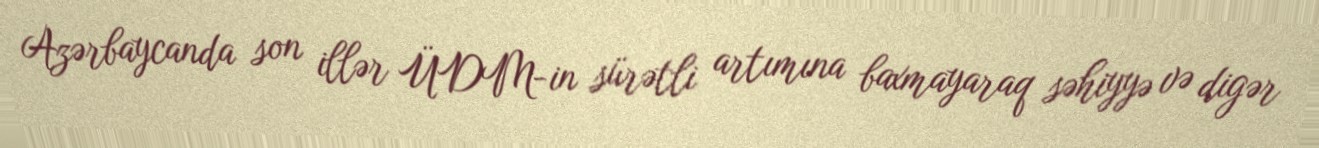
Azərbaycanda son illər ÜDM-in sürətli artımına baxmayaraq səhiyyə və digər